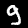
Digit: 9